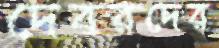
দেবরদের